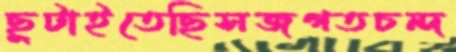
ছুটাইতেছিসজগতচন্দ